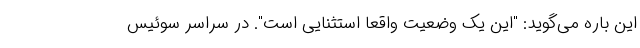
این باره می‌گوید: "این یک وضعیت واقعا استثنایی است". در سراسر سوئیس